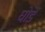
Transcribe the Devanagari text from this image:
घोड़ें